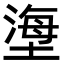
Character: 塰